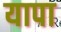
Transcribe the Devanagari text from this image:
यापा